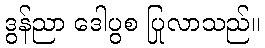
ဒွန်ညာ ဒေါပွစ ပြုလာသည်။